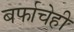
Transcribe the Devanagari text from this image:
बर्फाचेही